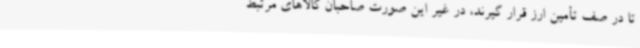
تا در صف تأمین ارز قرار گیرند، در غیر این صورت صاحبان کالاهای مرتبط